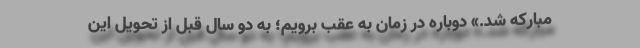
مبارکه شد.» دوباره در زمان به عقب برویم؛ به دو سال قبل از تحویل این